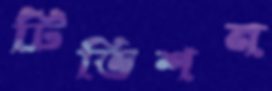
টিভিশন